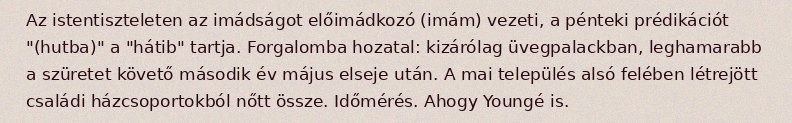
Az istentiszteleten az imádságot előimádkozó (imám) vezeti, a pénteki prédikációt "(hutba)" a "hátib" tartja. Forgalomba hozatal: kizárólag üvegpalackban, leghamarabb a szüretet követő második év május elseje után. A mai település alsó felében létrejött családi házcsoportokból nőtt össze. Időmérés. Ahogy Youngé is.